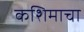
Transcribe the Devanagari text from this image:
कशिमाचा